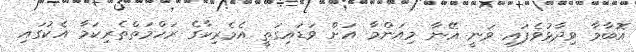
އޮބާމާ ވިދާޅުވެފައި ވަނީ އޭނާ މިއަންމާ އަށް ވަޑައިގަތީ އެމެރިކާގެ ރަހްމަތްތެރިކަމާ އެކުގައި